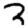
Digit: 2